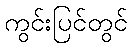
ကွင်းပြင်တွင်